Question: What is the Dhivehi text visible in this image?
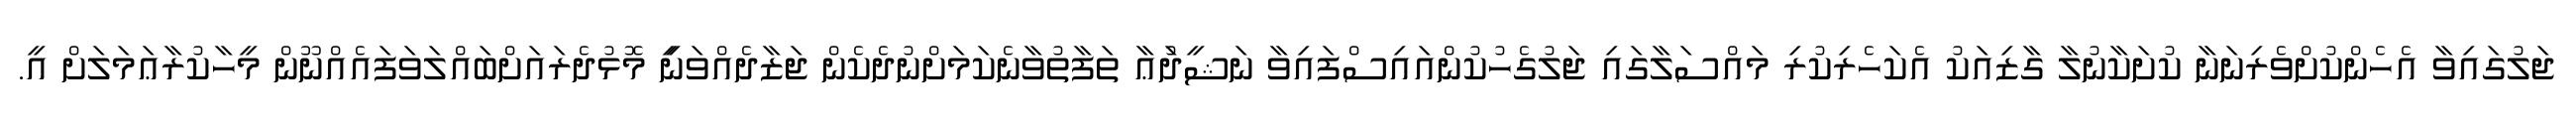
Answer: ޖަލުގައިވާ އެހެންކުށްވެރިނަނާ ކުށަކާނުލާ ގާޒިއަކު އެކަހެރިކުރި މައްސަލާގައި ޖަލުގެހުކުންއައިސްފައިވާ ނަޝީދުަޢާ ތަފާތުވާނެކަމަށްނުދެކެން ޖަޒާދެއްވަނިީ މޮޅުދެރައަށްބައްލަވަފައެއްނޫން މީހާކުރާޢަމަލަށް އީ.